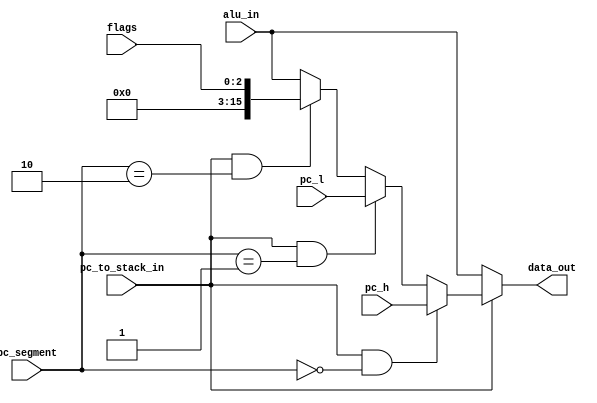
module data_mux(flags, pc_h,pc_l, alu_in,pc_to_stack_in,pc_segment,data_out);
    input [15:0] pc_h;
    input [15:0] pc_l;
    input [15:0] alu_in;
    input pc_to_stack_in;
    input [1:0]pc_segment;
    input [2:0]flags;
    output [15:0] data_out;

    wire [15:0] extendedFlags;


assign extendedFlags= {13'b0,flags};

assign data_out=
	(pc_to_stack_in==1'b0)?alu_in:
	(pc_to_stack_in==1'b1&&pc_segment==2'b00)?pc_h:
	(pc_to_stack_in==1'b1&&pc_segment==2'b01)?pc_l:
	(pc_to_stack_in==1'b1&&pc_segment==2'b10)?extendedFlags:
	alu_in;
endmodule